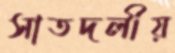
সাতদলীয়